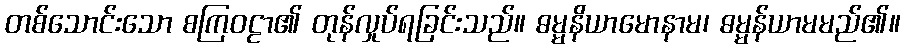
တစ်သောင်းသော စကြဝဠာ၏ တုန်လှုပ်ရခြင်းသည်။ ဓမ္မနိယာမောနာမ၊ ဓမ္မန်ယာမမည်၏။